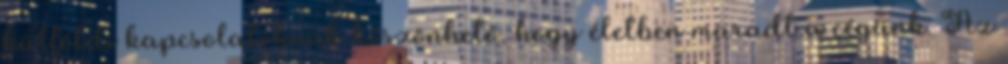
külföldi kapcsolatoknak köszönhetô, hogy életben maradt a cégünk. Az